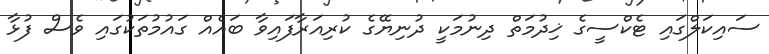
ސައިކަލްގައި ޓެކްސީގެ ޚިދުމަތް ދިނުމަކީ ދުނިޔޭގެ ކުރިއަރާފައިވާ ބައެއް ގައުމުތަކުގައި ވެސް ފުޅާ